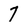
Character: 7